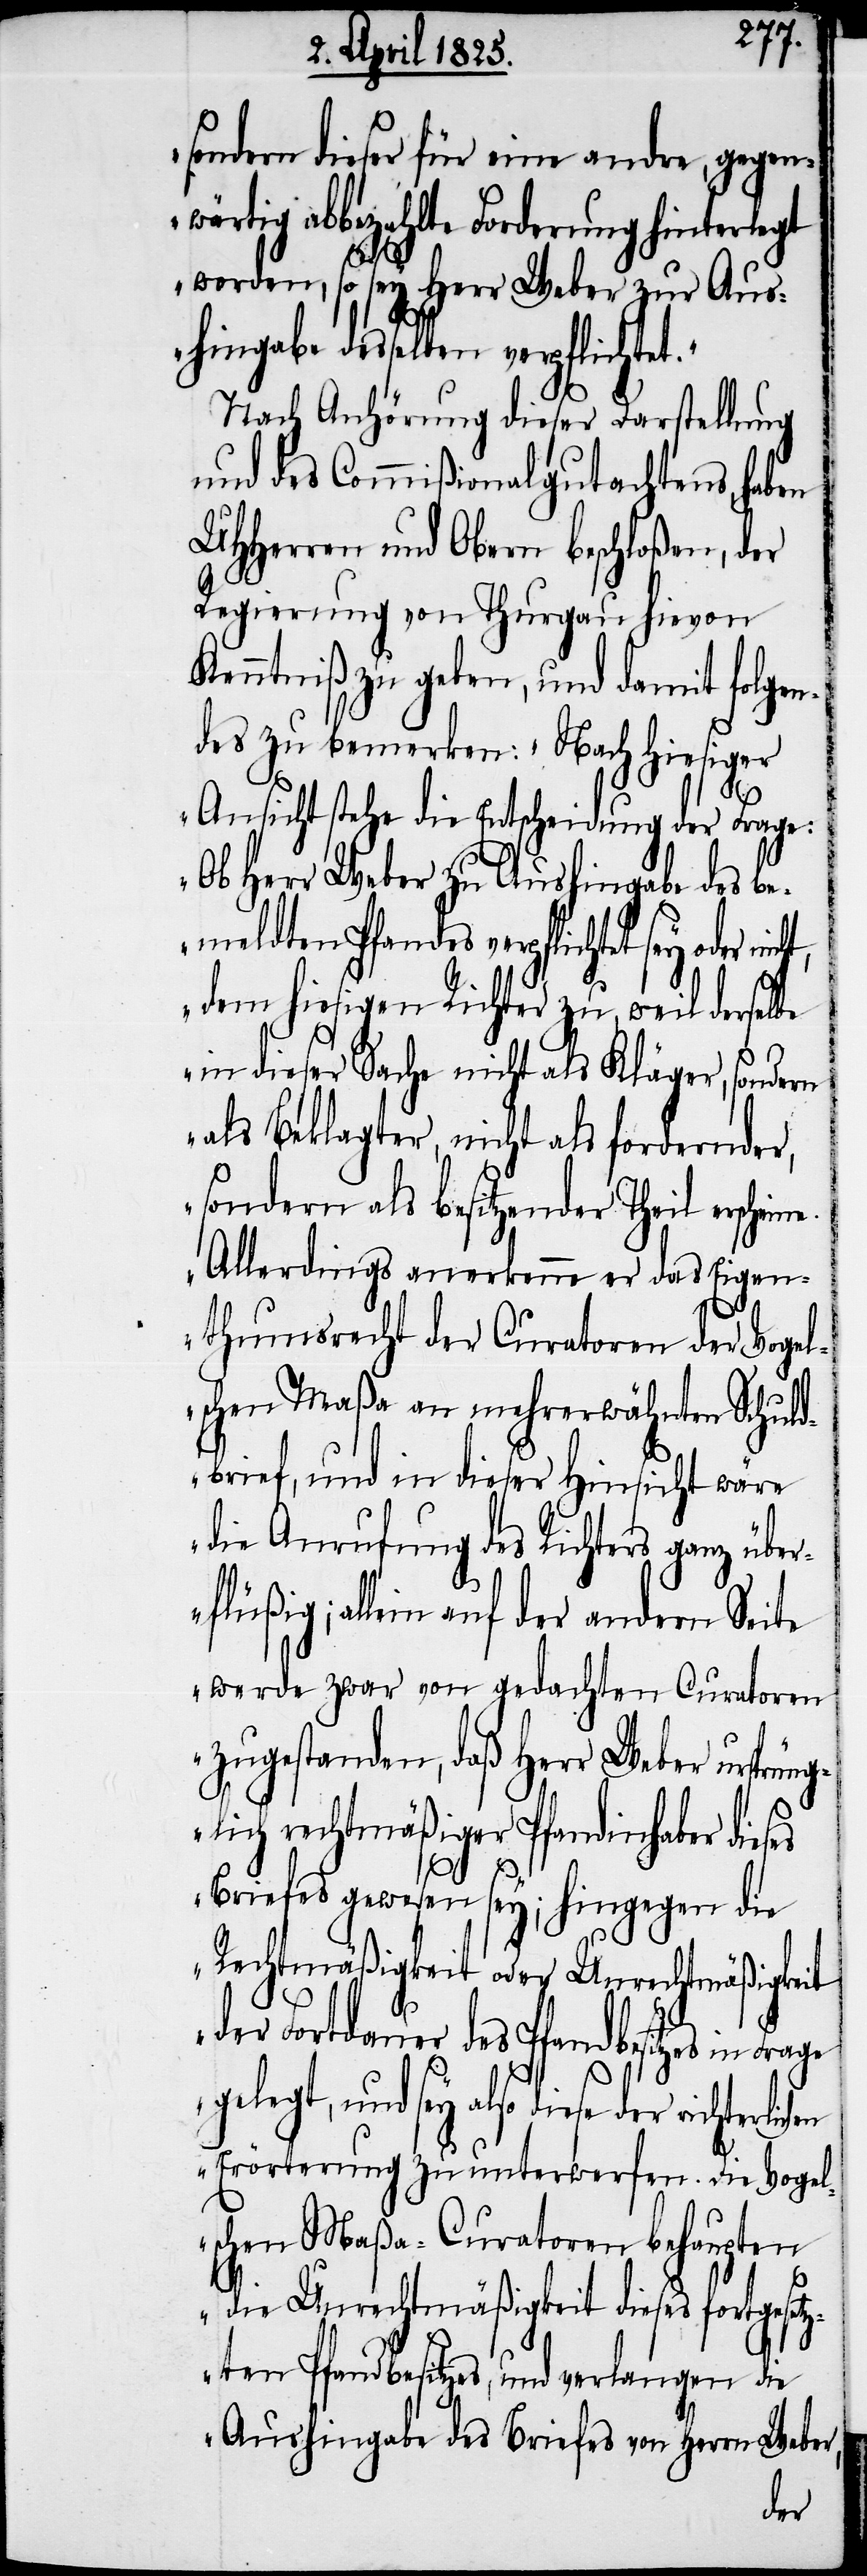
sondern dieser für eine andre, gegen¬
wärtig abbezahlte Forderung hinterlegt
worden, so sey Herr Weber zur Aus¬
hingabe desselben verpflichtet.“
Nach Anhörung dieser Darstellung
und des Commißionalgutachtens, haben
UHHerren und Obern beschloßen, der
Regierung von Thurgau hievon
Kenntniß zu geben, und damit folgen¬
des zu bemerken: „Nach hiesiger
Ansicht stehe die Entscheidung der Frage:
Ob Herr Weber zu Aushingabe des be¬
meldten Pfandes verpflichtet sey oder
dem hiesigen Richter zu, weil derselbe
in dieser Sache nicht als Kläger, son¬
als Beklagter, nicht als fordernder,
sondern als besitzender Theil erschei¬
Allerdings anerkenne er das Eigen¬
thumsrecht der Curatoren der Vogel¬
schen Maßa an mehrerwähnten Schuld¬
brief, und in dieser Hinsicht wäre
die Anrufung des Richters ganz über¬
flüßig; allein auf der andern Seite
werde zwar von gedachten Curatoren
zugestanden, daß Herr Weber ursprün¬
glich rechtmäßiger Pfandinhaber dies¬
Briefes gewesen sey; hingegen die
Rechtmäßigkeit oder Unrechtmäßigkeit
der Fortdauer des Pfandbesitzes in Frage
gelegt, und sey also diese der
Erörterung zu unterwerfen. Die Vogel¬
schen Maßa-Curatoren behaupten
es
die Unrechtmäßigkeit dieses fortgeset¬
zten Pfandbesitzes, und verlangen die
Aushingabe des Briefes von Herrn Weber,
dern